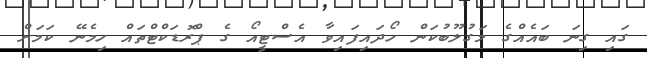
ގައި ގިނަ ބައެއްގެ މަގުލޫބުކަން ހޯދައިފައިވާ އެސްޓީއޯ ގެ ޕްރޮޑަކްޓްތައް ހިމެނޭ ކަމަށް